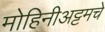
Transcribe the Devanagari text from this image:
मोहिनीअट्टमचे